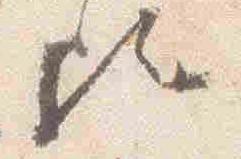
歟